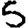
Digit: 5